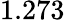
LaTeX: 1.273